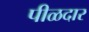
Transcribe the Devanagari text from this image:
पीळदार